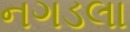
નગડલા